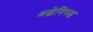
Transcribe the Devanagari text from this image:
श्रद्धेविरुद्ध